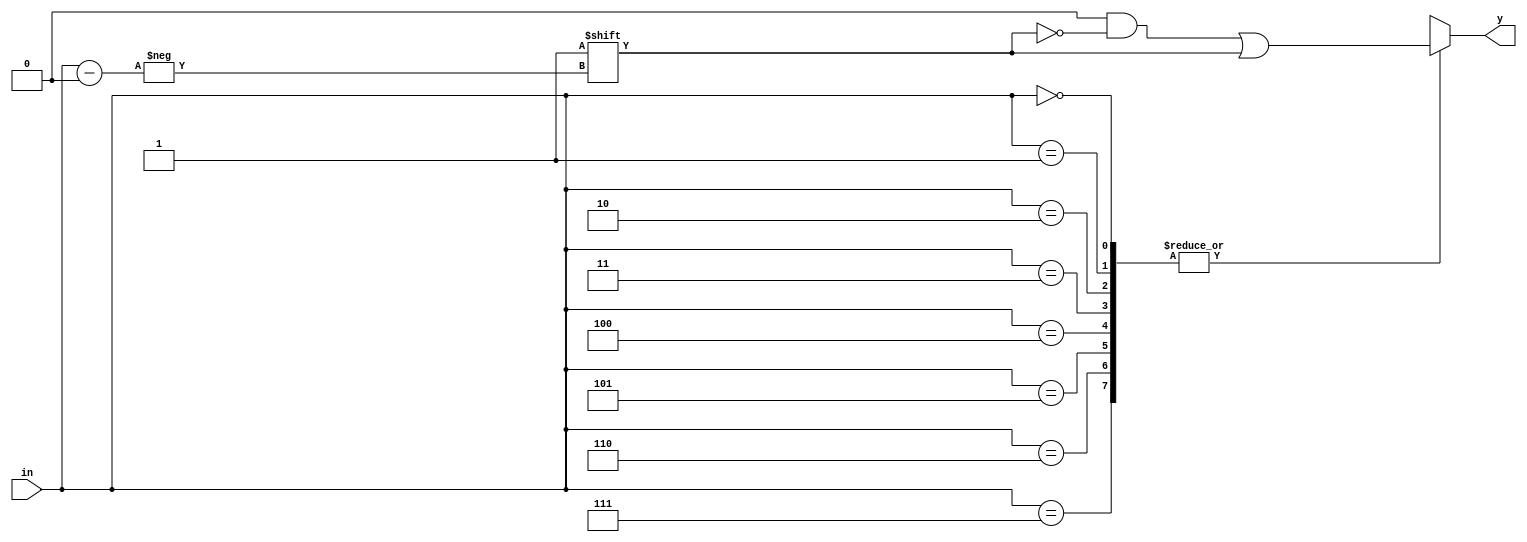
module decoder_3to8 (
		input [2:0] in,
		output reg [7:0] y);
always@(*)
begin	
y={8{1'b0}};	
case(in)
	3'd7: y[in]=1;
	3'd6: y[in]=1;
	3'd5: y[in]=1;
	3'd4: y[in]=1;
	3'd3: y[in]=1;
	3'd2: y[in]=1;
	3'd1: y[in]=1;
	3'd0: y[in]=1;
endcase
end
endmodule